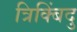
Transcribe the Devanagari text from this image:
त्रिक्बिंदु